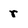
Character: r